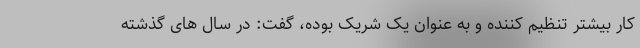
کار بیشتر تنظیم کننده و به عنوان یک شریک بوده، گفت: در سال های گذشته